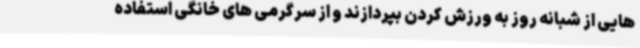
هایی از شبانه روز به ورزش کردن بپردازند و از سرگرمی های خانگی استفاده